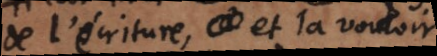
de l’écriture, et la vouloir